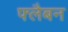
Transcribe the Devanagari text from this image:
फ्लैबन